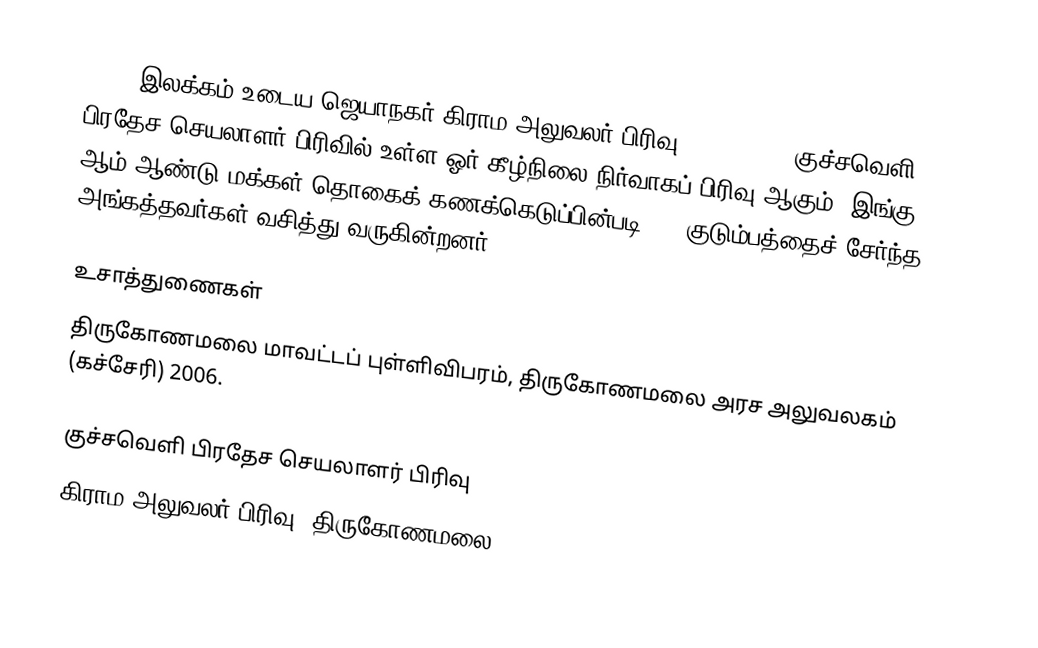
239 C இலக்கம்  உடைய ஜெயாநகர் கிராம அலுவலர் பிரிவு (JayaNagar) குச்சவெளி பிரதேச செயலாளர் பிரிவில் உள்ள ஓர் கீழ்நிலை நிர்வாகப் பிரிவு ஆகும். இங்கு 2005 ஆம் ஆண்டு மக்கள் தொகைக் கணக்கெடுப்பின்படி 431 குடும்பத்தைச் சேர்ந்த 1671 அங்கத்தவர்கள் வசித்து வருகின்றனர்.

உசாத்துணைகள்
திருகோணமலை மாவட்டப் புள்ளிவிபரம்,  திருகோணமலை அரச அலுவலகம் (கச்சேரி) 2006.

குச்சவெளி பிரதேச செயலாளர் பிரிவு
கிராம அலுவலர் பிரிவு (திருகோணமலை)